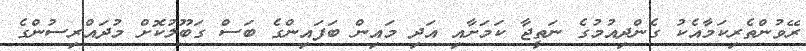
ރޭވުންތެރިކަމާއެކު ގެންދިއުމުގެ ނަތީޖާ ކަމަށާއި އަދި މައިން ބަފައިންގެ ބަސް ގަބޫލުކޮށް މުދައްރިސުންގެ